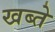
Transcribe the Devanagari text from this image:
खब्ते